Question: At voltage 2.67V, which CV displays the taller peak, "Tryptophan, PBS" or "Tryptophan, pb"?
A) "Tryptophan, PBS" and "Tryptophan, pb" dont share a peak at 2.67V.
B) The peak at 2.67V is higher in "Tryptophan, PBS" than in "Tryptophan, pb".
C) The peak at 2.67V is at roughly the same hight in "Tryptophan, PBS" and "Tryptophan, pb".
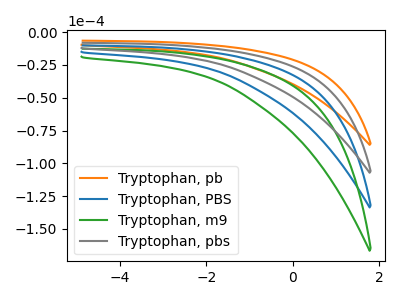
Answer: <think>The orange curve "Tryptophan, pb" has no peaks. The blue curve "Tryptophan, PBS" has no peaks. The green curve "Tryptophan, m9" has no peaks. The gray curve "Tryptophan, pbs" has no peaks.</think>
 <answer>A) "Tryptophan, PBS" and "Tryptophan, pb" dont share a peak at 2.67V.</answer>
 <eval>A</eval>